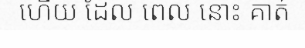
ហើយ ដែល ពេល នោះ គាត់